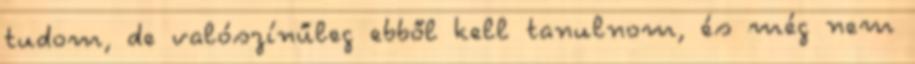
tudom, de valószínűleg ebből kell tanulnom, és még nem